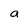
Character: a